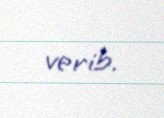
verib.